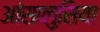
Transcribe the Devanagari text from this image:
आंसालुसिया